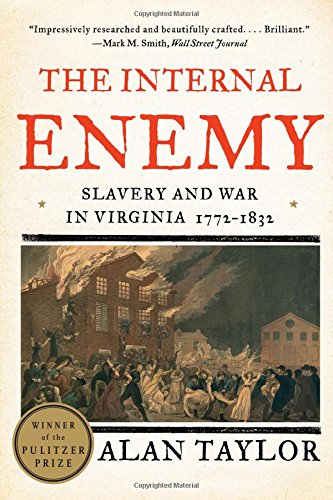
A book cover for The Internal Enemy: Slavery and War in Virginia, 1772-1832; Alan Taylor; History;